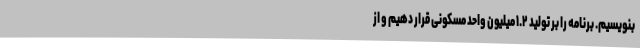
بنویسیم. برنامه را بر تولید ۱.۲ میلیون واحد مسکونی قرار دهیم و از